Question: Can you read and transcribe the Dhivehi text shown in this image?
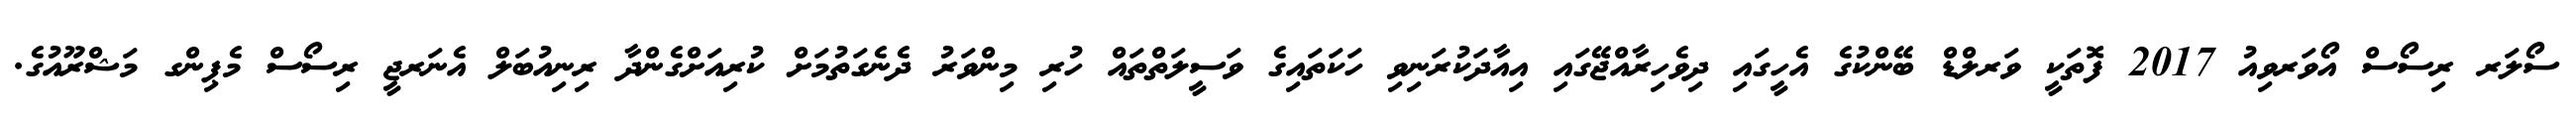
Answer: ސޯލަރ ރިސޯސް އޯވަރވިއު 2017 ފޮތަކީ ވަރލްޑް ބޭންކުގެ އެހީގައި ދިވެހިރާއްޖޭގައި އިއާދަކުރަނިވި ހަކަތައިގެ ވަސީލަތްތައް ހުރި މިންވަރު ދެނެގަތުމަށް ކުރިއަށްގެންދާ ރިނިއުބަލް އެނަރޖީ ރިސޯސް މެޕިންގ މަޝްރޫއުގެ.